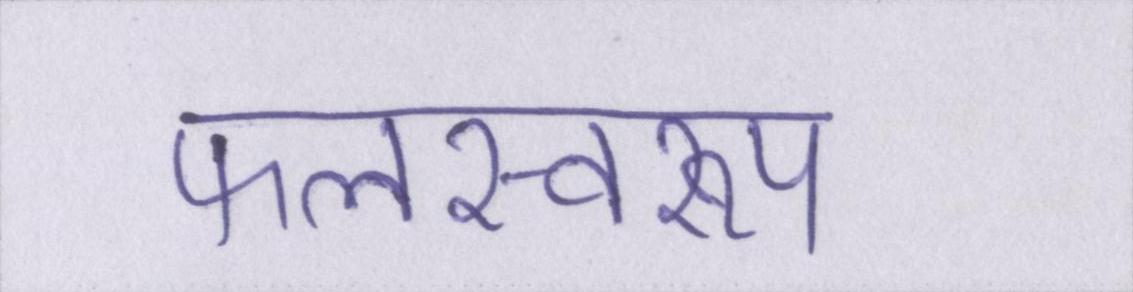
फलस्वरूप